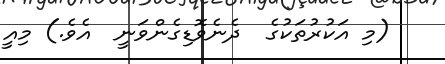
(މި އަކުރުތަކުގެ  ދެނެވޮޑިގެންވަނީ  އެވެ.) މިއީ